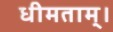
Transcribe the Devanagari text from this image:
धीमताम्।